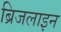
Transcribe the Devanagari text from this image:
ब्रिजलाइन